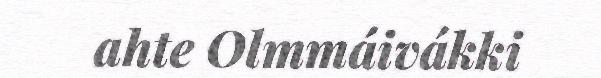
ahte Olmmáivákki